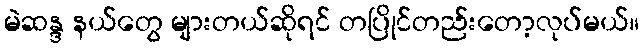
မဲဆန္ဒ နယ်တွေ များတယ်ဆိုရင် တပြိုင်တည်းတော့လုပ်မယ်။